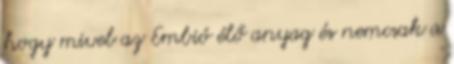
hogy mivel az Embió élő anyag és nemcsak a